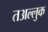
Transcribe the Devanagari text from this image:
तअल्लुक